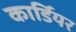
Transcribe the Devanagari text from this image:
कार्डियर